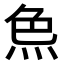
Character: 𤈖